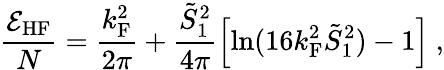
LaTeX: \frac{{\cal E}_{\mathrm{HF}}}{N}=\frac{k_{\mathrm{F}}^{2}}{2\pi}+\frac{\tilde{S}_{1}^{2}}{4\pi}\left[\ln(16k_{\mathrm{F}}^{2}\tilde{S}_{1}^{2})-1\right]\ ,